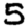
Digit: 5